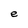
Character: e